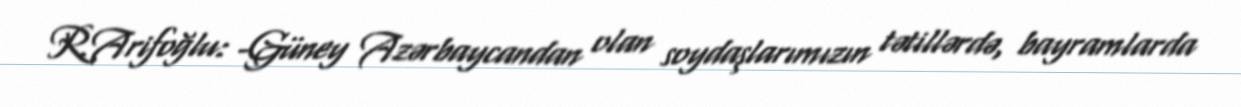
R.Arifoğlu: -Güney Azərbaycandan olan soydaşlarımızın tətillərdə, bayramlarda